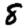
Digit: 8